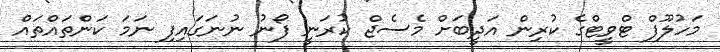
މަހުލޫފް ޓްވީޓްގެ ކުރިން އަދީބަށް މެސެޖް ކުރަނީ ފޯނު ނުނަގައިފި ނަމަ ކަންތައްތައް